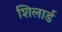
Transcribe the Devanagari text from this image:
शिलार्ड